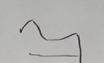
Signature authenticity: forged